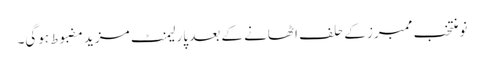
نو منتخب ممبرز کے حلف اٹھانے کے بعد پارلیمنٹ مزید مضبوط ہوگی۔